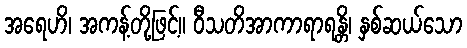
အရေဟိ၊ အကန့်တို့ဖြင့်။ ဝီသတိအာကာရာရန္တိ၊ နှစ်ဆယ်သော